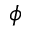
\boldsymbol { \phi }